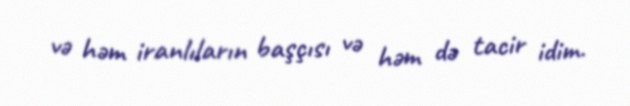
və həm iranlıların başçısı və həm də tacir idim.